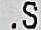
.S